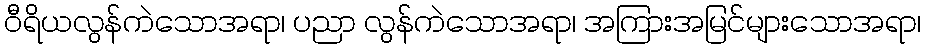
ဝီရိယလွန်ကဲသောအရာ၊ ပညာ လွန်ကဲသောအရာ၊ အကြားအမြင်များသောအရာ၊